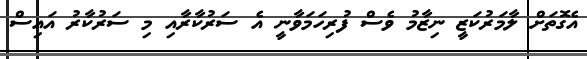
އެގޮތަށް ލާމަރުކަޒީ ނިޒާމު ވެސް ފުރިހަމަވާނީ އެ ސަރުކާރާއި މި ސަރުކާރު އައިސް